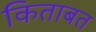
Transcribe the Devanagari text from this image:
किताबत